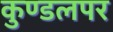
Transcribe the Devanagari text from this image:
कुण्डलपर